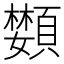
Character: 𩔵